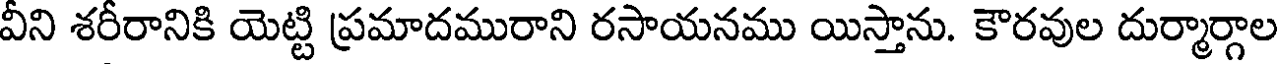
వీని శరీరానికి యెట్టి ప్రమాదమురాని రసాయనము యిస్తాను. కౌరవుల దుర్మార్గాల